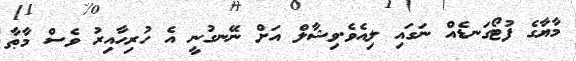
މާޔާގެ ފުޓޯގަނޑެއް ނަގައި ލިއެވެ.ވިޝާލް އަށް ނޭނގުނީ އެ ހުރިހާއިރު ވެސް މާޠާ